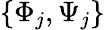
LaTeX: \{ \Phi_{j},\Psi_{j}\}